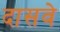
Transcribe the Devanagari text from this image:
दासवे